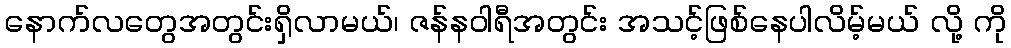
နောက်လတွေအတွင်းရှိလာမယ်၊ ဇန်နဝါရီအတွင်း အသင့်ဖြစ်နေပါလိမ့်မယ် လို့ ကို